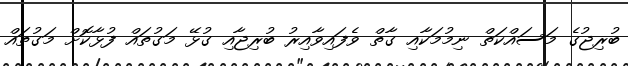
ބުރިޖުގެ މަސައްކަތް ނިމުމަކާއި ގާތް ވެފައިވާއިރު ބުރިޖާއި ގުޅޭ މަގުތައް ފުޅާކޮށް މަގުތައް